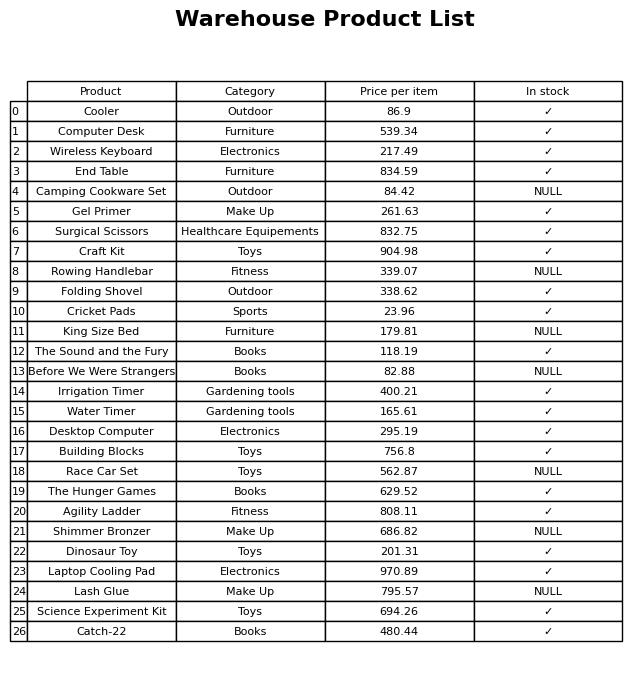
question: What is the price for Lash Glue?
answer: The price of Lash Glue is 795.57.